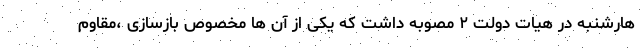
هارشنبه در هیات دولت ۲ مصوبه داشت که یکی از آن ها مخصوص بازسازی ،مقاوم